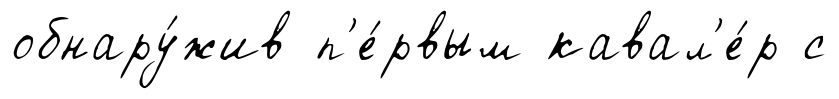
обнару́жив п'е́рвым кавал'е́р с